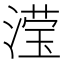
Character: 滢